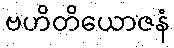
ဗဟိတိယောဇနံ